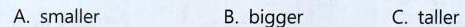
A. smaller B.bigger C. taller